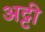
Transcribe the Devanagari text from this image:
अट्टी